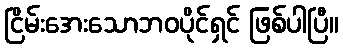
ငြိမ်းအေးသောဘဝပိုင်ရှင် ဖြစ်ပါပြီ။